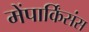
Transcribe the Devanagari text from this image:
मेंपार्किंसंस